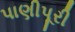
પાણીપૂરી